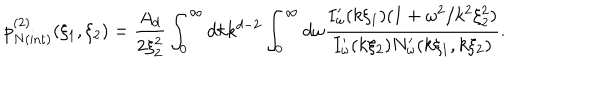
p _ { N { \mathrm { ( i n t ) } } } ^ { ( 2 ) } ( \xi _ { 1 } , \xi _ { 2 } ) = \frac { A _ { d } } { 2 \xi _ { 2 } ^ { 2 } } \int _ { 0 } ^ { \infty } d k k ^ { d - 2 } \int _ { 0 } ^ { \infty } d \omega \frac { I _ { \omega } ^ { \prime } ( k \xi _ { 1 } ) ( 1 + \omega ^ { 2 } / k ^ { 2 } \xi _ { 2 } ^ { 2 } ) } { I _ { \omega } ^ { \prime } ( k \xi _ { 2 } ) N _ { \omega } ^ { \prime } ( k \xi _ { 1 } , k \xi _ { 2 } ) } .